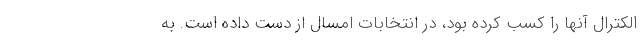
الکترال آنها را کسب کرده بود، در انتخابات امسال از دست داده است. به